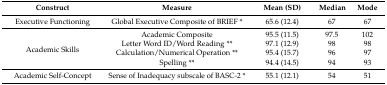
| Construct | Measure | Mean (SD) | Median | Mode |
 | --- | --- | --- | --- | --- |
 | Executive Functioning | Global Executive Composite of BRIEF * | 65.6 (12.4) | 67 | 67 |
 | <ROWSPAN=4> Academic Skills | Academic Composite | 95.5 (11.5) | 97.5 | 102 |
 | Letter Word ID/Word Reading ** | 97.1 (12.9) | 98 | 98 |
 | Calculation/Numerical Operation ** | 95.4 (15.7) | 96 | 97 |
 | Spelling ** | 94.4 (14.5) | 94 | 93 |
 | Academic Self-Concept | Sense of Inadequacy subscale of BASC-2 * | 55.1 (12.1) | 54 | 51 |